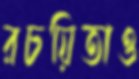
রচয়িতাও